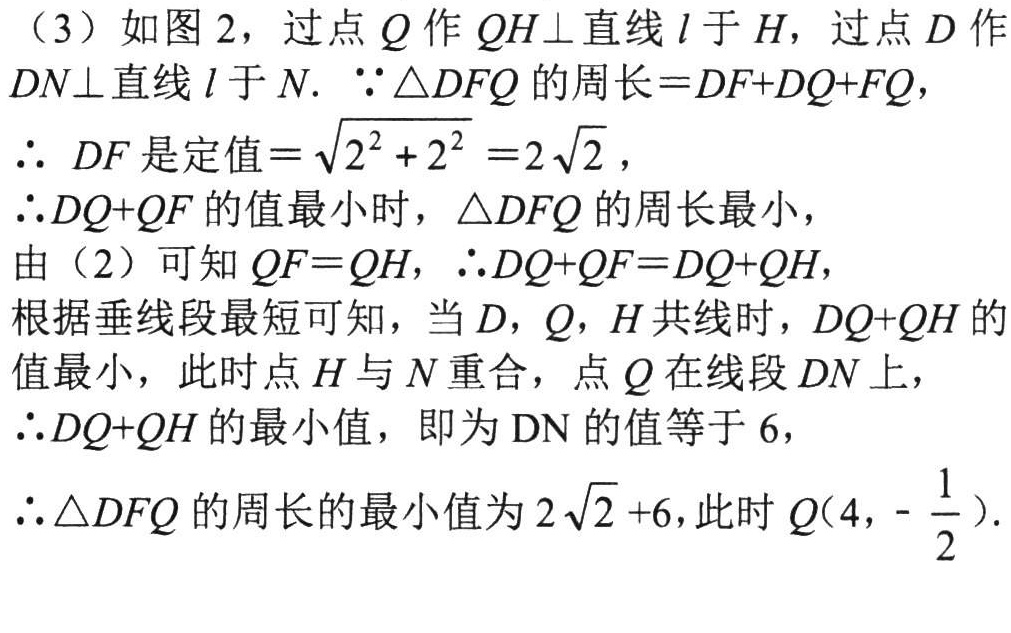
（3）如图 2，过点 \(Q\) 作 \(QH\perp\)直线 \(l\) 于 \(H\)，过点 \(D\) 作 \(DN\perp\)直线 \(l\) 于 \(N\). \(\because\triangle DFQ\) 的周长\(=DF + DQ+FQ\)，
\(\therefore\) \(DF\) 是定值\(=\sqrt{2^{2}+2^{2}} = 2\sqrt{2}\)，
\(\therefore DQ + QF\) 的值最小时，\(\triangle DFQ\) 的周长最小，
由（2）可知 \(QF = QH\)，\(\therefore DQ+QF=DQ + QH\)，
根据垂线段最短可知，当 \(D\)，\(Q\)，\(H\) 共线时，\(DQ + QH\) 的值最小，此时点 \(H\) 与 \(N\) 重合，点 \(Q\) 在线段 \(DN\) 上，
\(\therefore DQ + QH\) 的最小值，即为 \(DN\) 的值等于 \(6\)，
\(\therefore\triangle DFQ\) 的周长的最小值为 \(2\sqrt{2}+6\)，此时 \(Q(4,-\dfrac{1}{2})\).